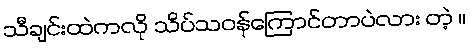
သီချင်းထဲကလို သိပ်သဝန်ကြောင်တာပဲလား တဲ့ ။